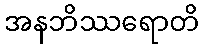
အနဘိဿရောတိ